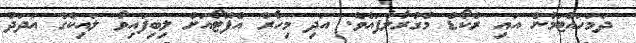
ދަމަހައްޓަމުން އައި ރެކޯޑް މުގުރާލާފައެވެ. އަދި މިހާރު އެފޮޓޯއަށް ލިބިފައިވާ ލައިކްގެ އަދަދު